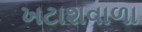
ખટાશવાળા